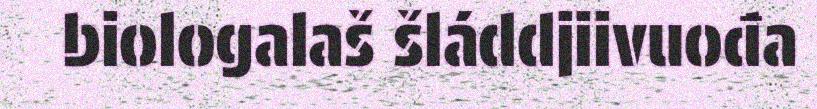
biologalaš šláddjiivuođa